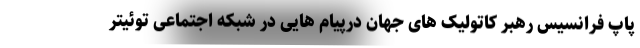
پاپ فرانسیس رهبر کاتولیک های جهان درپیام هایی در شبکه اجتماعی توئیتر